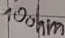
Text: 100ohm